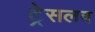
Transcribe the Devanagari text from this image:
ट्रेसलव